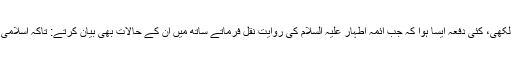
اور یہ عشق اہل بیت طہارت ہی تها جن کی دفاع میں انہوں نے کشف اسرار لکهی، کئی دفعہ ایسا ہوا کہ جب ائمہ اطہار علیہ السلام کی روایت نقل فرماتے ساته میں ان کے حالات بهی بیان کرتے: تاکہ اسلامی مسائل کو کے ساته شاگردوں کی روحانی اور معنوی پرورش بهی ہوسکے۔